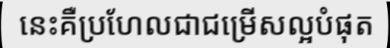
នេះគឺប្រហែលជាជម្រើសល្អបំផុត